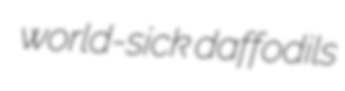
world-sick daffodils